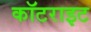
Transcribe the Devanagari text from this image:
कॉटराइट